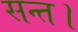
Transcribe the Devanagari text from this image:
सन्त।